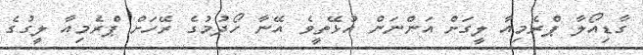
ގާޑިއޯލާ ޕްރެމިއާ ލީގަށް އަންނަން އުޅޭތީވެ އޭނާ ހޯދުމުގެ ރޭހަށް ޕްރެމިއާ ލީގުގެ